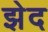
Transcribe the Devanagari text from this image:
झेद